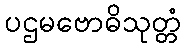
ပဌမဗောဓိသုတ္တံ